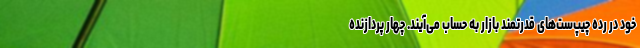
خود در رده چیپ‌ست‌های قدرتمند بازار به حساب می‌آیند. چهار پردازنده